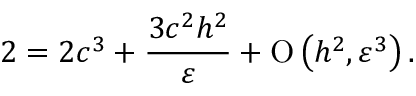
2 = 2 c ^ { 3 } + \frac { 3 c ^ { 2 } h ^ { 2 } } { \varepsilon } + \ensuremath { \operatorname { O } \left( h ^ { 2 } , \varepsilon ^ { 3 } \right) } .